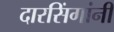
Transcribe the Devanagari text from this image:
दारसिंगांनी